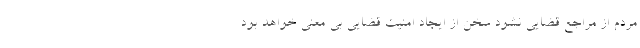
مردم از مراجع قضایی نشود سخن از ایجاد امنیت قضایی بی معنی خواهد بود